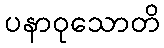
ပနာဝုသောတိ